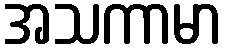
အသကာမာ